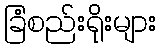
ခြံစည်းရိုးများ